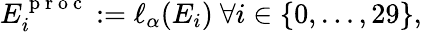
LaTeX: \begin{array}{r}{E_{i}^{\mathrm{~p~r~o~c~}}:=\ell_{\alpha}(E_{i})\ \forall i\in\{ 0,\dots,29\} ,}\end{array}